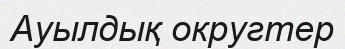
Ауылдық округтер